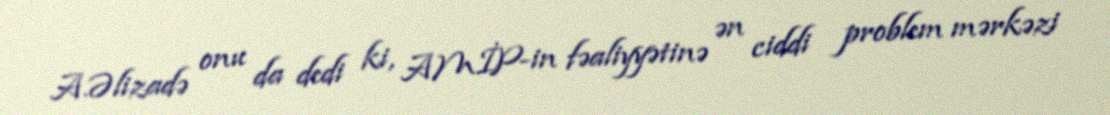
A.Əlizadə onu da dedi ki, AMİP-in fəaliyyətinə ən ciddi problem mərkəzi